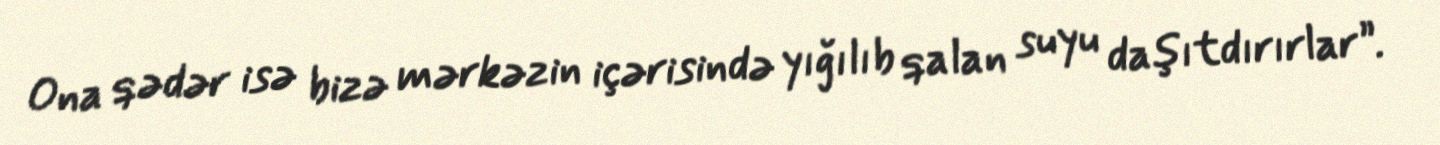
Ona qədər isə bizə mərkəzin içərisində yığılıb qalan suyu daşıtdırırlar”.